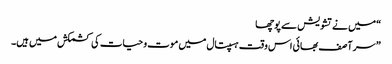
“ میں نے تشویش سے پوچھا
” سر آصف بھائی اس وقت ہسپتال میں موت و حیات کی کشمکش میں ہیں۔